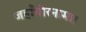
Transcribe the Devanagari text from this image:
जहाँगीरनामा।